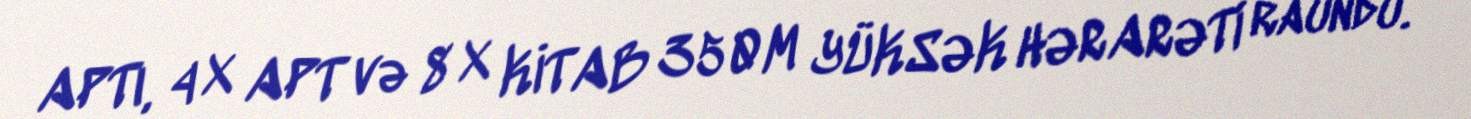
APTı, 4 X APT və 8 X KİTAB 350M YÜKSƏK HƏRARƏTİ raundu.